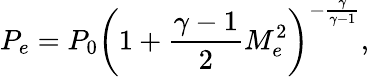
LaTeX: P_{e}=P_{0}\left(1+\frac{\gamma-1}{2}M_{e}^{2}\right)^{-\frac{\gamma}{\gamma-1}},